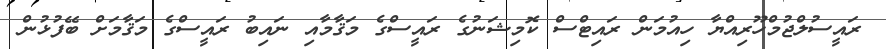
ރައީސުލްޖުމްހޫރިއްޔާ ހިއުމަން ރައިޓްސް ކޮމިޝަނުގެ ރައީސްގެ މަޤާމާއި ނައިބު ރައީސްގެ މަޤާމަށް ބޭފުޅުން